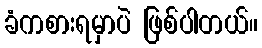
ခံကစားရမှာပဲ ဖြစ်ပါတယ်။